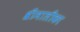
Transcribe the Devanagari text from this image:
श्रीमालीका